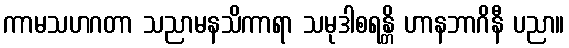
ကာမသဟဂတာ သညာမနသိကာရာ သမုဒါစရန္တိ ဟာနဘာဂိနီ ပညာ။